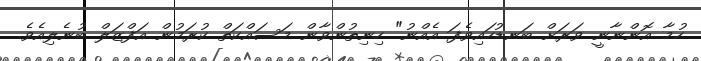
ހުމާ އޮންނާނީ ވަރަށް ބަނޑުހައިވެފަ އެއްނު" ހިނިތުންވާން މަސައްކަތް ކުރަމުން އަފްޒަލް ބުނެލިއެވެ.